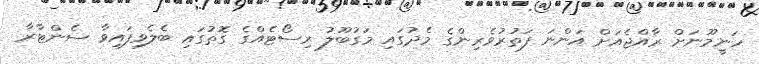
ހަނީމޫނަށް ރާއްޖެއަށް އަންނަ ފަތުރުވެރިންގެ މެދުގައި މަގުބޫލު ރިސޯޓެއްގެ ގޮތުގައި ބެލެވިފައިވާ ސެންޓާރާ